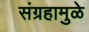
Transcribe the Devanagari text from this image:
संग्रहामुळे